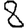
Digit: 8